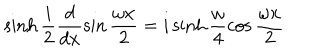
\sinh \frac { i } { 2 } \frac { d } { d x } \sin \frac { \omega x } { 2 } = i \sinh \frac { \omega } { 4 } \cos \frac { \omega x } { 2 }